Indian journal of veterinary science and animal husbandry - Volume 10,
Year: 1940
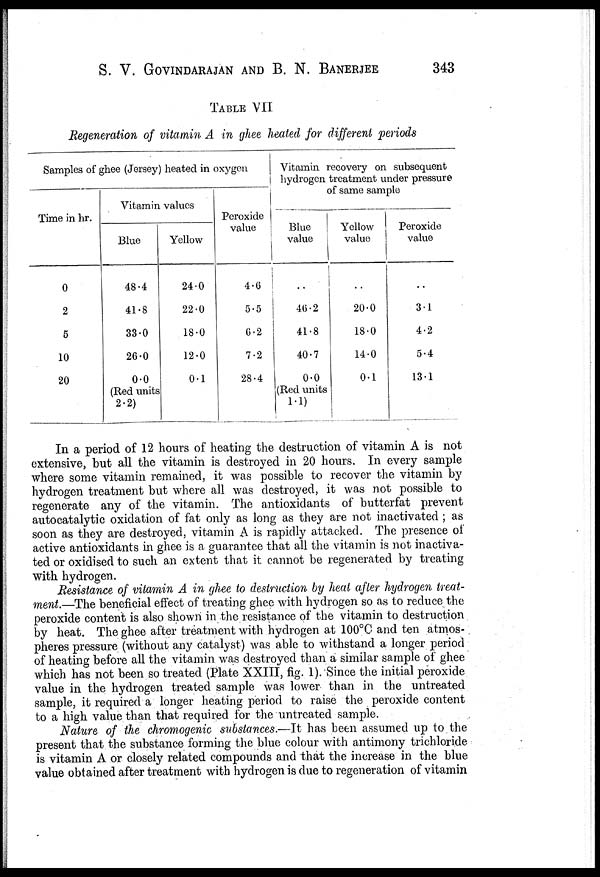
S. V. GOVINDARAJAN AND B. N. BANERJEE
343
TABLE VII
Regeneration of vitamin A in ghee heated for different periods
Samples of ghee (Jersey) heated in
oxygen
Time in hr.
0
2
5
10
20
Vitamin values
Blue
48.4
41.8
33.0
26.0
0.0
(Red units
2.2)
Yellow
24.0
22.0
18.0
12.0
0.1
Peroxide
value
4.6
5.5
6.2
7.2
28.4
Vitamin recovery on subsequent
hydrogen treatment under pressure
of same sample
Blue
value
..
46.2
41.8
40.7
0.0
(Red units
1.1)
Yellow
value
..
20.0
18.0
14.0
0.1
Peroxide
value
..
3.1
4.2
5.4
13.1
In a period of 12 hours of heating the destruction of vitamin A is not
extensive, but all the vitamin is destroyed in 20 hours. In every sample
where some vitamin remained, it was possible to recover the vitamin by
hydrogen treatment but where all was destroyed, it was not possible to
regenerate any of the vitamin. The antioxidants of butterfat prevent
autocatalytic oxidation of fat only as long as they are not inactivated ; as
soon as they are destroyed, vitamin A is rapidly attacked. The presence of
active antioxidants in ghee is a guarantee that all the vitamin is not inactiva-
ted or oxidised to such an extent that it cannot be regenerated by treating
with hydrogen.
Resistance of vitamin A in ghee to destruction by heat after hydrogen treat-
ment.—The beneficial effect of treating ghee with hydrogen so as to reduce the
peroxide content is also shown in the resistance of the vitamin to destruction
by heat. The ghee after treatment with hydrogen at 100°C and ten atmos-
pheres pressure (without any catalyst) was able to withstand a longer period
of heating before all the vitamin was destroyed than a similar sample of ghee
which has not been so treated (Plate XXIII, fig. 1). Since the initial peroxide
value in the hydrogen treated sample was lower than in the untreated
sample, it required a longer heating period to raise the peroxide content
to a high value than that required for the untreated sample.
Nature of the chromogenic substances.—It has been assumed up to the
present that the substance forming the blue colour with antimony trichloride
is vitamin A or closely related compounds and that the increase in the blue
value obtained after treatment with hydrogen is due to regeneration of vitamin